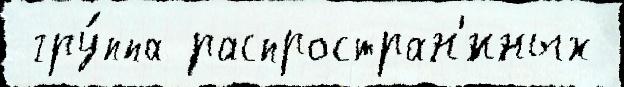
 гру́ппа распростран'́нных